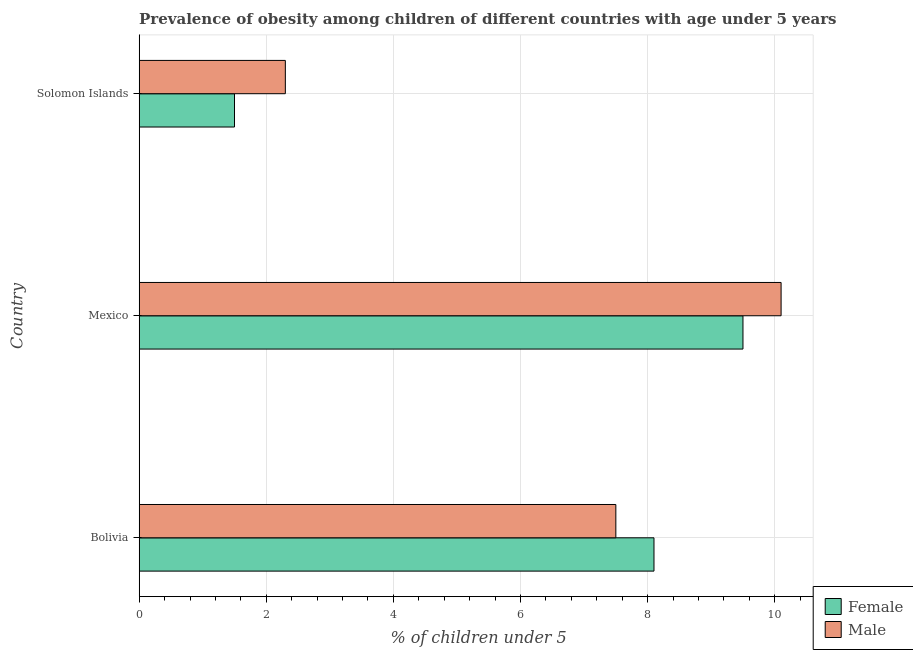
| Country | Female | Male |
 | --- | --- | --- |
 | Bolivia | 8.1 | 7.5 |
 | Mexico | 9.5 | 10.1 |
 | Solomon Islands | 1.5 | 2.3 |